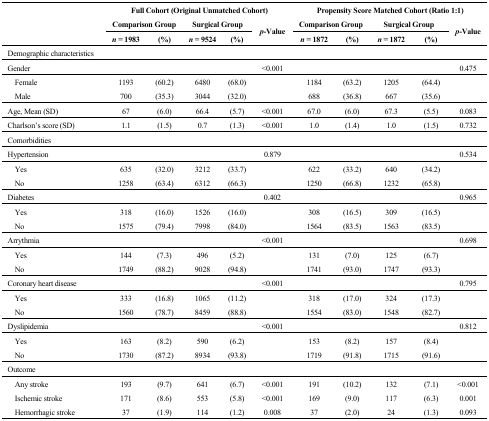
<table><thead><tr><td rowspan="3"></td><td colspan="5"><b>Full Cohort (Original Unmatched Cohort)</b></td><td colspan="5"><b>Propensity Score Matched Cohort (Ratio 1:1)</b></td></tr><tr><td colspan="2"><b>Comparison Group</b></td><td colspan="2"><b>Surgical Group</b></td><td rowspan="2"><b><i>p</i>-Value</b></td><td colspan="2"><b>Comparison Group</b></td><td colspan="2"><b>Surgical Group</b></td><td rowspan="2"><b><i>p</i>-Value</b></td></tr><tr><td><b><i>n</i> = 1983</b></td><td><b>(%)</b></td><td><b><i>n</i> = 9524</b></td><td><b>(%)</b></td><td><b><i>n</i> = 1872</b></td><td><b>(%)</b></td><td><b><i>n</i> = 1872</b></td><td><b>(%)</b></td></tr></thead><tbody><tr><td>Demographic characteristics</td><td></td><td></td><td></td><td></td><td></td><td></td><td></td><td></td><td></td><td></td></tr><tr><td>Gender</td><td></td><td></td><td></td><td></td><td>&lt;0.001</td><td></td><td></td><td></td><td></td><td>0.475</td></tr><tr><td> Female</td><td>1193</td><td>(60.2)</td><td>6480</td><td>(68.0)</td><td></td><td>1184</td><td>(63.2)</td><td>1205</td><td>(64.4)</td><td></td></tr><tr><td> Male</td><td>700</td><td>(35.3)</td><td>3044</td><td>(32.0)</td><td></td><td>688</td><td>(36.8)</td><td>667</td><td>(35.6)</td><td></td></tr><tr><td>Age, Mean (SD)</td><td>67</td><td>(6.0)</td><td>66.4</td><td>(5.7)</td><td>&lt;0.001</td><td>67.0</td><td>(6.0)</td><td>67.3</td><td>(5.5)</td><td>0.083</td></tr><tr><td>Charlson’s score (SD)</td><td>1.1</td><td>(1.5)</td><td>0.7</td><td>(1.3)</td><td>&lt;0.001</td><td>1.0</td><td>(1.4)</td><td>1.0</td><td>(1.5)</td><td>0.732</td></tr><tr><td>Comorbidities</td><td></td><td></td><td></td><td></td><td></td><td></td><td></td><td></td><td></td><td></td></tr><tr><td>Hypertension</td><td></td><td></td><td></td><td></td><td>0.879</td><td></td><td></td><td></td><td></td><td>0.534</td></tr><tr><td> Yes</td><td>635</td><td>(32.0)</td><td>3212</td><td>(33.7)</td><td></td><td>622</td><td>(33.2)</td><td>640</td><td>(34.2)</td><td></td></tr><tr><td> No</td><td>1258</td><td>(63.4)</td><td>6312</td><td>(66.3)</td><td></td><td>1250</td><td>(66.8)</td><td>1232</td><td>(65.8)</td><td></td></tr><tr><td>Diabetes</td><td></td><td></td><td></td><td></td><td>0.402</td><td></td><td></td><td></td><td></td><td>0.965</td></tr><tr><td> Yes</td><td>318</td><td>(16.0)</td><td>1526</td><td>(16.0)</td><td></td><td>308</td><td>(16.5)</td><td>309</td><td>(16.5)</td><td></td></tr><tr><td> No</td><td>1575</td><td>(79.4)</td><td>7998</td><td>(84.0)</td><td></td><td>1564</td><td>(83.5)</td><td>1563</td><td>(83.5)</td><td></td></tr><tr><td>Arrythmia</td><td></td><td></td><td></td><td></td><td>&lt;0.001</td><td></td><td></td><td></td><td></td><td>0.698</td></tr><tr><td> Yes</td><td>144</td><td>(7.3)</td><td>496</td><td>(5.2)</td><td></td><td>131</td><td>(7.0)</td><td>125</td><td>(6.7)</td><td></td></tr><tr><td> No</td><td>1749</td><td>(88.2)</td><td>9028</td><td>(94.8)</td><td></td><td>1741</td><td>(93.0)</td><td>1747</td><td>(93.3)</td><td></td></tr><tr><td>Coronary heart disease</td><td></td><td></td><td></td><td></td><td>&lt;0.001</td><td></td><td></td><td></td><td></td><td>0.795</td></tr><tr><td> Yes</td><td>333</td><td>(16.8)</td><td>1065</td><td>(11.2)</td><td></td><td>318</td><td>(17.0)</td><td>324</td><td>(17.3)</td><td></td></tr><tr><td> No</td><td>1560</td><td>(78.7)</td><td>8459</td><td>(88.8)</td><td></td><td>1554</td><td>(83.0)</td><td>1548</td><td>(82.7)</td><td></td></tr><tr><td>Dyslipidemia</td><td></td><td></td><td></td><td></td><td>&lt;0.001</td><td></td><td></td><td></td><td></td><td>0.812</td></tr><tr><td> Yes</td><td>163</td><td>(8.2)</td><td>590</td><td>(6.2)</td><td></td><td>153</td><td>(8.2)</td><td>157</td><td>(8.4)</td><td></td></tr><tr><td> No</td><td>1730</td><td>(87.2)</td><td>8934</td><td>(93.8)</td><td></td><td>1719</td><td>(91.8)</td><td>1715</td><td>(91.6)</td><td></td></tr><tr><td>Outcome</td><td></td><td></td><td></td><td></td><td></td><td></td><td></td><td></td><td></td><td></td></tr><tr><td> Any stroke</td><td>193</td><td>(9.7)</td><td>641</td><td>(6.7)</td><td>&lt;0.001</td><td>191</td><td>(10.2)</td><td>132</td><td>(7.1)</td><td>&lt;0.001</td></tr><tr><td> Ischemic stroke</td><td>171</td><td>(8.6)</td><td>553</td><td>(5.8)</td><td>&lt;0.001</td><td>169</td><td>(9.0)</td><td>117</td><td>(6.3)</td><td>0.001</td></tr><tr><td> Hemorrhagic stroke</td><td>37</td><td>(1.9)</td><td>114</td><td>(1.2)</td><td>0.008</td><td>37</td><td>(2.0)</td><td>24</td><td>(1.3)</td><td>0.093</td></tr></tbody></table>